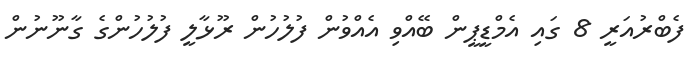
ފެބްރުއަރީ 8 ގައި އެމްޑީޕީން ބޭއްވި އެއްވުން ފުލުހުން ރޫޅާލީ ފުލުހުންގެ ގާނޫނުން